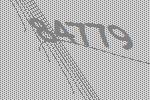
84779